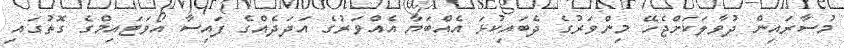
މުސާރައިން ދުވާލަކަށްޖެހޭ މިންވަރުގެ ދެބައިކުޅަ އެއްބަޔާ އެއްވަރުގެ އަދަދެއްގެ ފައިސާ އޯވަޓައިމްގެ ގޮތުގައި